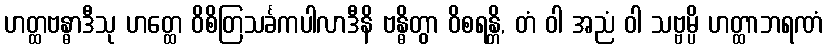
ဟတ္ထဗန္ဓာဒီသု ဟတ္ထေ ဝိစိတြသင်္ခကပါလာဒီနိ ဗန္ဓိတွာ ဝိစရန္တိ, တံ ဝါ အညံ ဝါ သဗ္ဗမ္ပိ ဟတ္ထာဘရဏံ